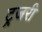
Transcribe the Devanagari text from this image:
ट्र्जरी